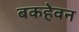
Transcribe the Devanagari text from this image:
बकहेवन